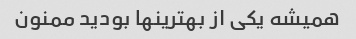
همیشه یکی از بهترینها بودید ممنون